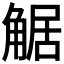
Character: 𧣻